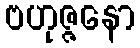
ဗဟုဇ္ဇနော